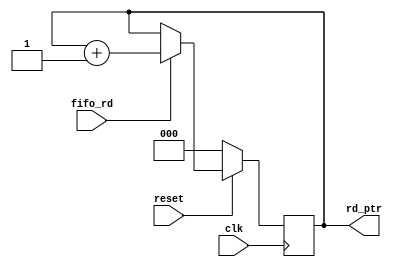
module read(
    input clk, reset, fifo_rd,
    output reg [2:0] rd_ptr);

    always @(posedge clk) begin
        if (reset == 0) begin
            rd_ptr <= 0; 
        end
        else if (fifo_rd == 1) begin
            rd_ptr <= rd_ptr + 1; 
        end
        else if (fifo_rd == 0) begin
            rd_ptr <= rd_ptr;
        end
    end
endmodule